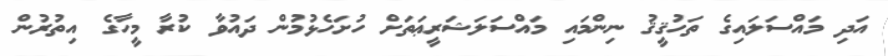
އަދި މައްސަލައިގެ ތަހުޤީޤު ނިންމައި މައްސަލަޝަރީޢަތަށް ހުށަހެޅުމުން ދައުވާ ކުރާ މީހާގެ އިތުރުން